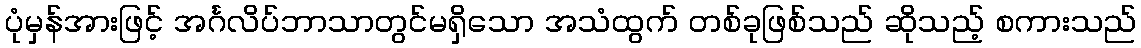
ပုံမှန်အားဖြင့် အင်္ဂလိပ်ဘာသာတွင်မရှိသော အသံထွက် တစ်ခုဖြစ်သည် ဆိုသည့် စကားသည်